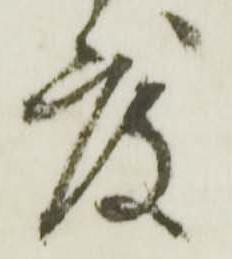
度